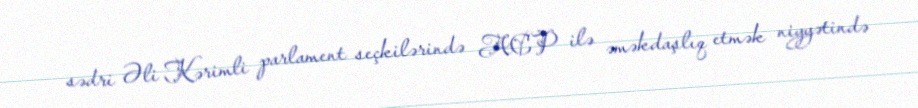
sədri Əli Kərimli parlament seçkilərində ACP ilə əməkdaşlıq etmək niyyətində